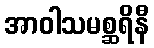
အာဝါသမစ္ဆရိနီ